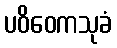
ပဝိဝေကသုခံ